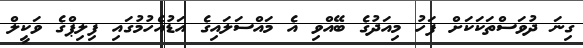
ގިނަ ދުވަސްތަކަކަށް ފަހު މިއަދުގެ ބޭއްވި އެ މައްސަލައިގެ އަޑުއެހުމުގައި ފިލިޕްގެ ވަކީލް